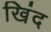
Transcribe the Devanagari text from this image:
खिंद